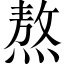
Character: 熬